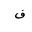
Letter: _fa